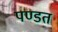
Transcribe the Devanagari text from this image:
पण्डत